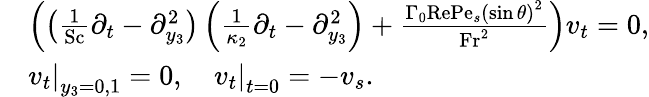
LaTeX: \begin{array}{rl}&{\left(\left(\frac{1}{\mathrm{Sc}}\partial_{t}-\partial_{y_{3}}^{2}\right)\left(\frac{1}{\kappa_{2}}\partial_{t}-\partial_{y_{3}}^{2}\right)+\frac{\Gamma_{0}\mathrm{Re}\mathrm{Pe}_{s}\left(\sin\theta\right)^{2}}{\mathrm{Fr}^{2}}\right)v_{t}=0,}\\ &{\left.v_{t}\right|_{y_{3}=0,1}=0,\quad\left.v_{t}\right|_{t=0}=-v_{s}.}\end{array}